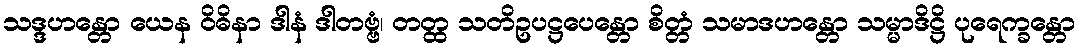
သဒ္ဒဟန္တော ယေန ဝိဓိနာ ဒါနံ ဒါတဗ္ဗံ၊ တတ္ထ သတိဥပဋ္ဌပေန္တော စိတ္တံ သမာဒဟန္တော သမ္မာဒိဋ္ဌိ ပုရေက္ခန္တော